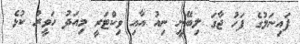
ފައިނަލުގެ ފަހު ޖާގަ ލިބޭނީ ނިއު އާއި ވިކްޓަރީ މިއަދު ހަވީރު ކުޅެ